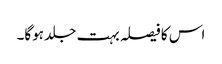
اس کا فیصلہ بہت جلد ہوگا۔